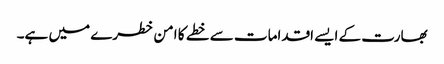
بھارت کے ایسے اقدامات سے خطے کا امن خطرے میں ہے۔